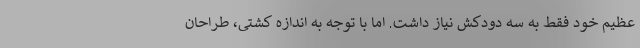
عظیم خود فقط به سه دودکش نیاز داشت. اما با توجه به اندازه کشتی، طراحان